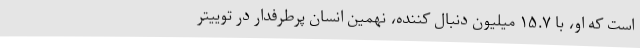
است که او، با ۱۵.۷ میلیون دنبال کننده، نهمین انسان پرطرفدار در توییتر